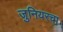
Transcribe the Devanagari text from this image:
जुनियरचा